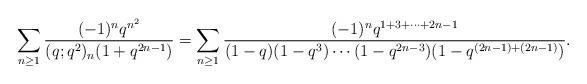
LaTeX: \begin{align*}\sum_{n\ge1}\frac{(-1)^nq^{n^2}}{(q;q^2)_n(1+q^{2n-1})}=\sum_{n\ge1}\frac{(-1)^nq^{1+3+\cdots+2n-1}}{(1-q)(1-q^3)\cdots(1-q^{2n-3})(1-q^{(2n-1)+(2n-1)})}.\end{align*}